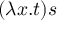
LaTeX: ( \lambda x . t ) s